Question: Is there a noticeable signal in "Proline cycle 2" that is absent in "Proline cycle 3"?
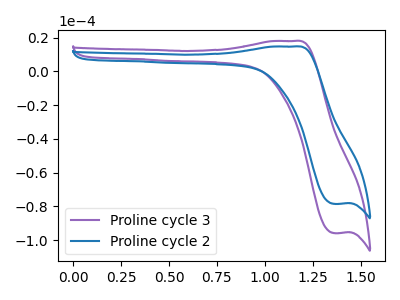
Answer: <think>The purple curve "Proline cycle 3" has an anodic peak at (1.15V, 18.05uA) and a cathodic peak at (1.35V, -95.90uA). The blue curve "Proline cycle 2" has an anodic peak at (1.15V, 14.80uA) and a cathodic peak at (1.35V, -78.55uA).
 All the peaks in "Proline cycle 2" have a peak in "Proline cycle 3" at the same potential. Every peak in "Proline cycle 2" is lower than every peak in "Proline cycle 3".</think>
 <answer>No, "Proline cycle 2" and "Proline cycle 3" don't appear to be significantly different in shape</answer>
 <eval>no_change</eval>